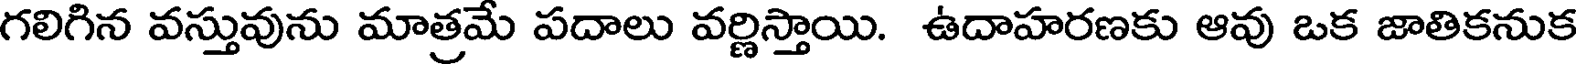
గలిగిన వస్తువును మాత్రమే పదాలు వర్ణిస్తాయి. ఉదాహరణకు ఆవు ఒక జాతికనుక